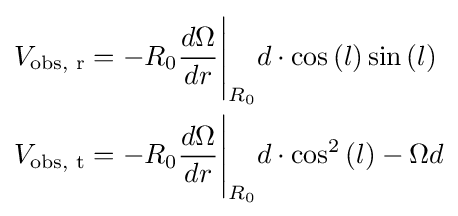
{\begin{aligned}&V_{\text{obs, r}}=-R_{0}{\frac {d\Omega }{dr}}{\Bigg \vert }_{R_{0}}d\cdot \cos \left(l\right)\sin \left(l\right)\\&V_{\text{obs, t}}=-R_{0}{\frac {d\Omega }{dr}}{\Bigg \vert }_{R_{0}}d\cdot \cos ^{2}\left(l\right)-\Omega d\\\end{aligned}}